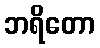
ဘရိတော